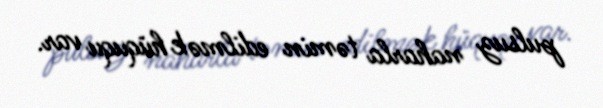
pulsuz naharla təmin edilmək hüququ var.